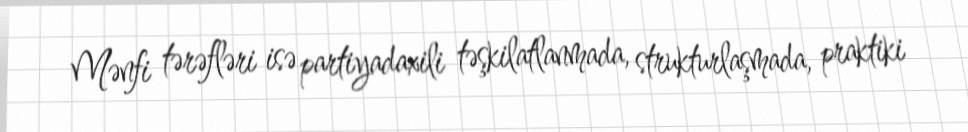
Mənfi tərəfləri isə partiyadaxili təşkilatlanmada, strukturlaşmada, praktiki